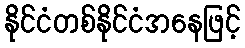
နိုင်ငံတစ်နိုင်ငံအနေဖြင့်